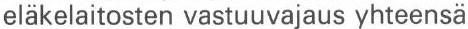
eläkelaitosten vastuuvajaus yhteensä